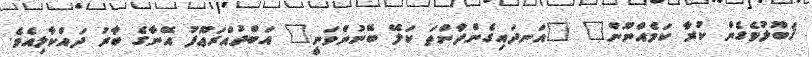
ޤަބޫލުވެގެން ކުރާ ކަމެއްނޫން" "އަނދައިގެންދާންތަ ކަލޭ ބޭނުންވަނީ" އަބްދުއްރަޢޫފު އޭނާގެ ބާރު ދައްކާލިއެވެ.